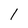
Character: 1